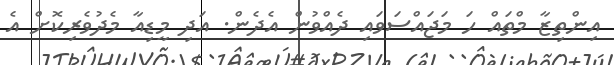
އިންތިޒާ މްތައް ހަ މަޖައްސަވައި ދެއްވުން އެދެން. އަދި މީޑިއާ މެދުވެރިކޮށް އެ